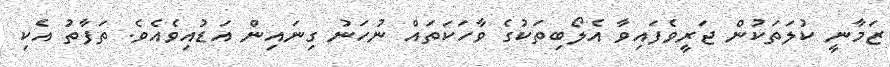
ޒަމާނީ ކުލަތަކުން ޖަރީވެފައިވާ އެލޯބިތަކުގެ ވާހަކަތައް ނުހަނު ގިނައިން އަޑުއިވެއެވެ. ތަފާތު އެކި